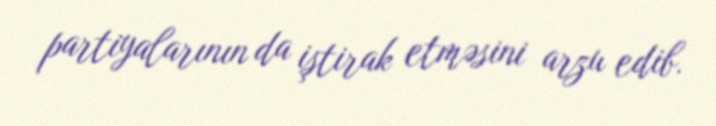
partiyalarının da iştirak etməsini arzu edib.